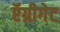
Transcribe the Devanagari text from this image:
ऍग्रीगेट